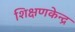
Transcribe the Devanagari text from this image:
शिक्षणकेन्द्र